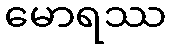
မောရဿ